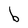
Character: b